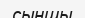
сыншы